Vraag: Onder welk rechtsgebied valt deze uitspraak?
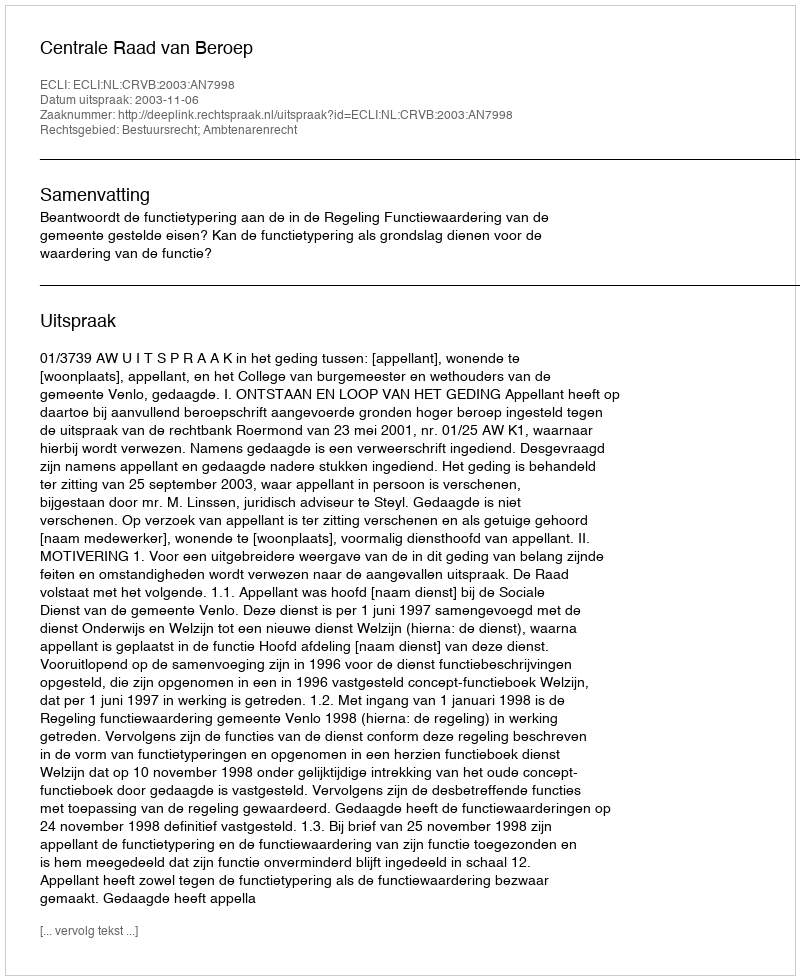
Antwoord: Bestuursrecht; Ambtenarenrecht